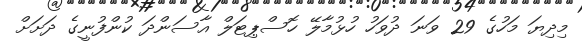
މިދިޔަ މަހުގެ 29 ވަނަ ދުވަހު ހުޅުމާލޭ ހޮސްޕިޓަލް އާސަންދަ ކުންފުނީގެ ދަށަށް